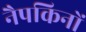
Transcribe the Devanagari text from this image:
नैपकिनों